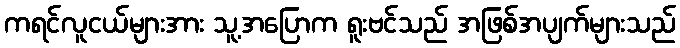
ကရင်လူငယ်များအား သူ့အပြောက ရူးဗင်သည် အဖြစ်အပျက်များသည်